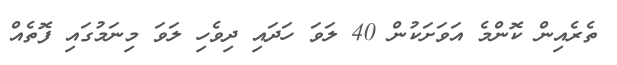
ތެރެއިން ކޮންމެ އަވަށަކުން 40 ލަވަ ހަދައި ދިވެހި ލަވަ މިނަމުގައި ފޮތެއް